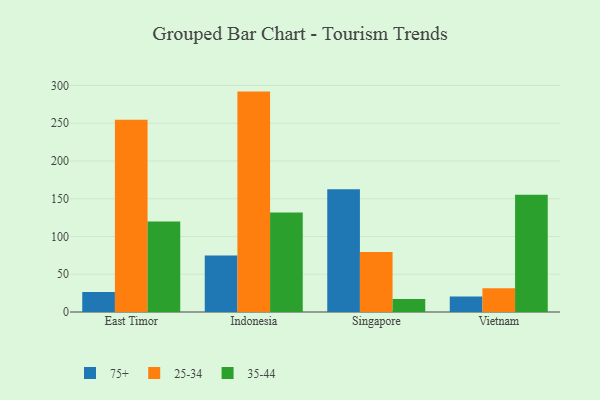
{"axis": {"x": "Country", "y": "Conversion Rate (%)"}, "legend": ["25-34", "35-44", "75+"], "data": [{"x": "East Timor", "y": 26.4, "type": "75+"}, {"x": "East Timor", "y": 254.6, "type": "25-34"}, {"x": "East Timor", "y": 119.8, "type": "35-44"}, {"x": "Indonesia", "y": 74.8, "type": "75+"}, {"x": "Indonesia", "y": 291.9, "type": "25-34"}, {"x": "Indonesia", "y": 131.9, "type": "35-44"}, {"x": "Singapore", "y": 162.5, "type": "75+"}, {"x": "Singapore", "y": 79.4, "type": "25-34"}, {"x": "Singapore", "y": 17.2, "type": "35-44"}, {"x": "Vietnam", "y": 20.5, "type": "75+"}, {"x": "Vietnam", "y": 31.3, "type": "25-34"}, {"x": "Vietnam", "y": 155.2, "type": "35-44"}]}